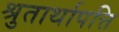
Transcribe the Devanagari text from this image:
श्रुतार्थापत्ति